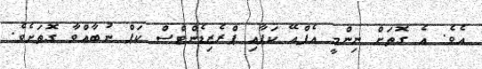
އެވެ. އެ ގޮތަށް ނިންމީ އެފްއޭ ކަޕާއި ޕްރެޒިޑެންޓްސް ކަޕް ނުބާއްވާ ގޮތަށެވެ.